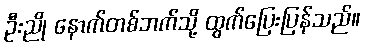
ဦးညို နောက်တစ်ဘက်သို့ ထွက်ပြေးပြန်သည်။